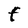
Character: F